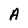
Character: A